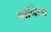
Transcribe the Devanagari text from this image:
मोनिसा